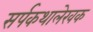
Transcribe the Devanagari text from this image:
सर्पकथालेखक